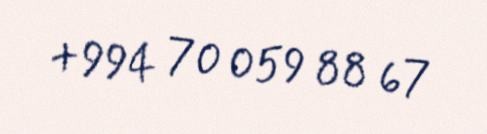
+994 70 059 88 67